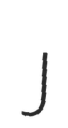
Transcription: J